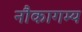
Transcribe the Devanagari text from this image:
नौकागम्य